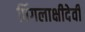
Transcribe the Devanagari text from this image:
पिंगलाक्षीदेवी